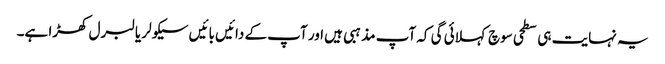
یہ نہایت ہی سطحی سوچ کہلائی گی کہ آپ مذہبی ہیں اور آپ کے دائیں بائیں سیکولر یا لبرل کھڑا ہے۔